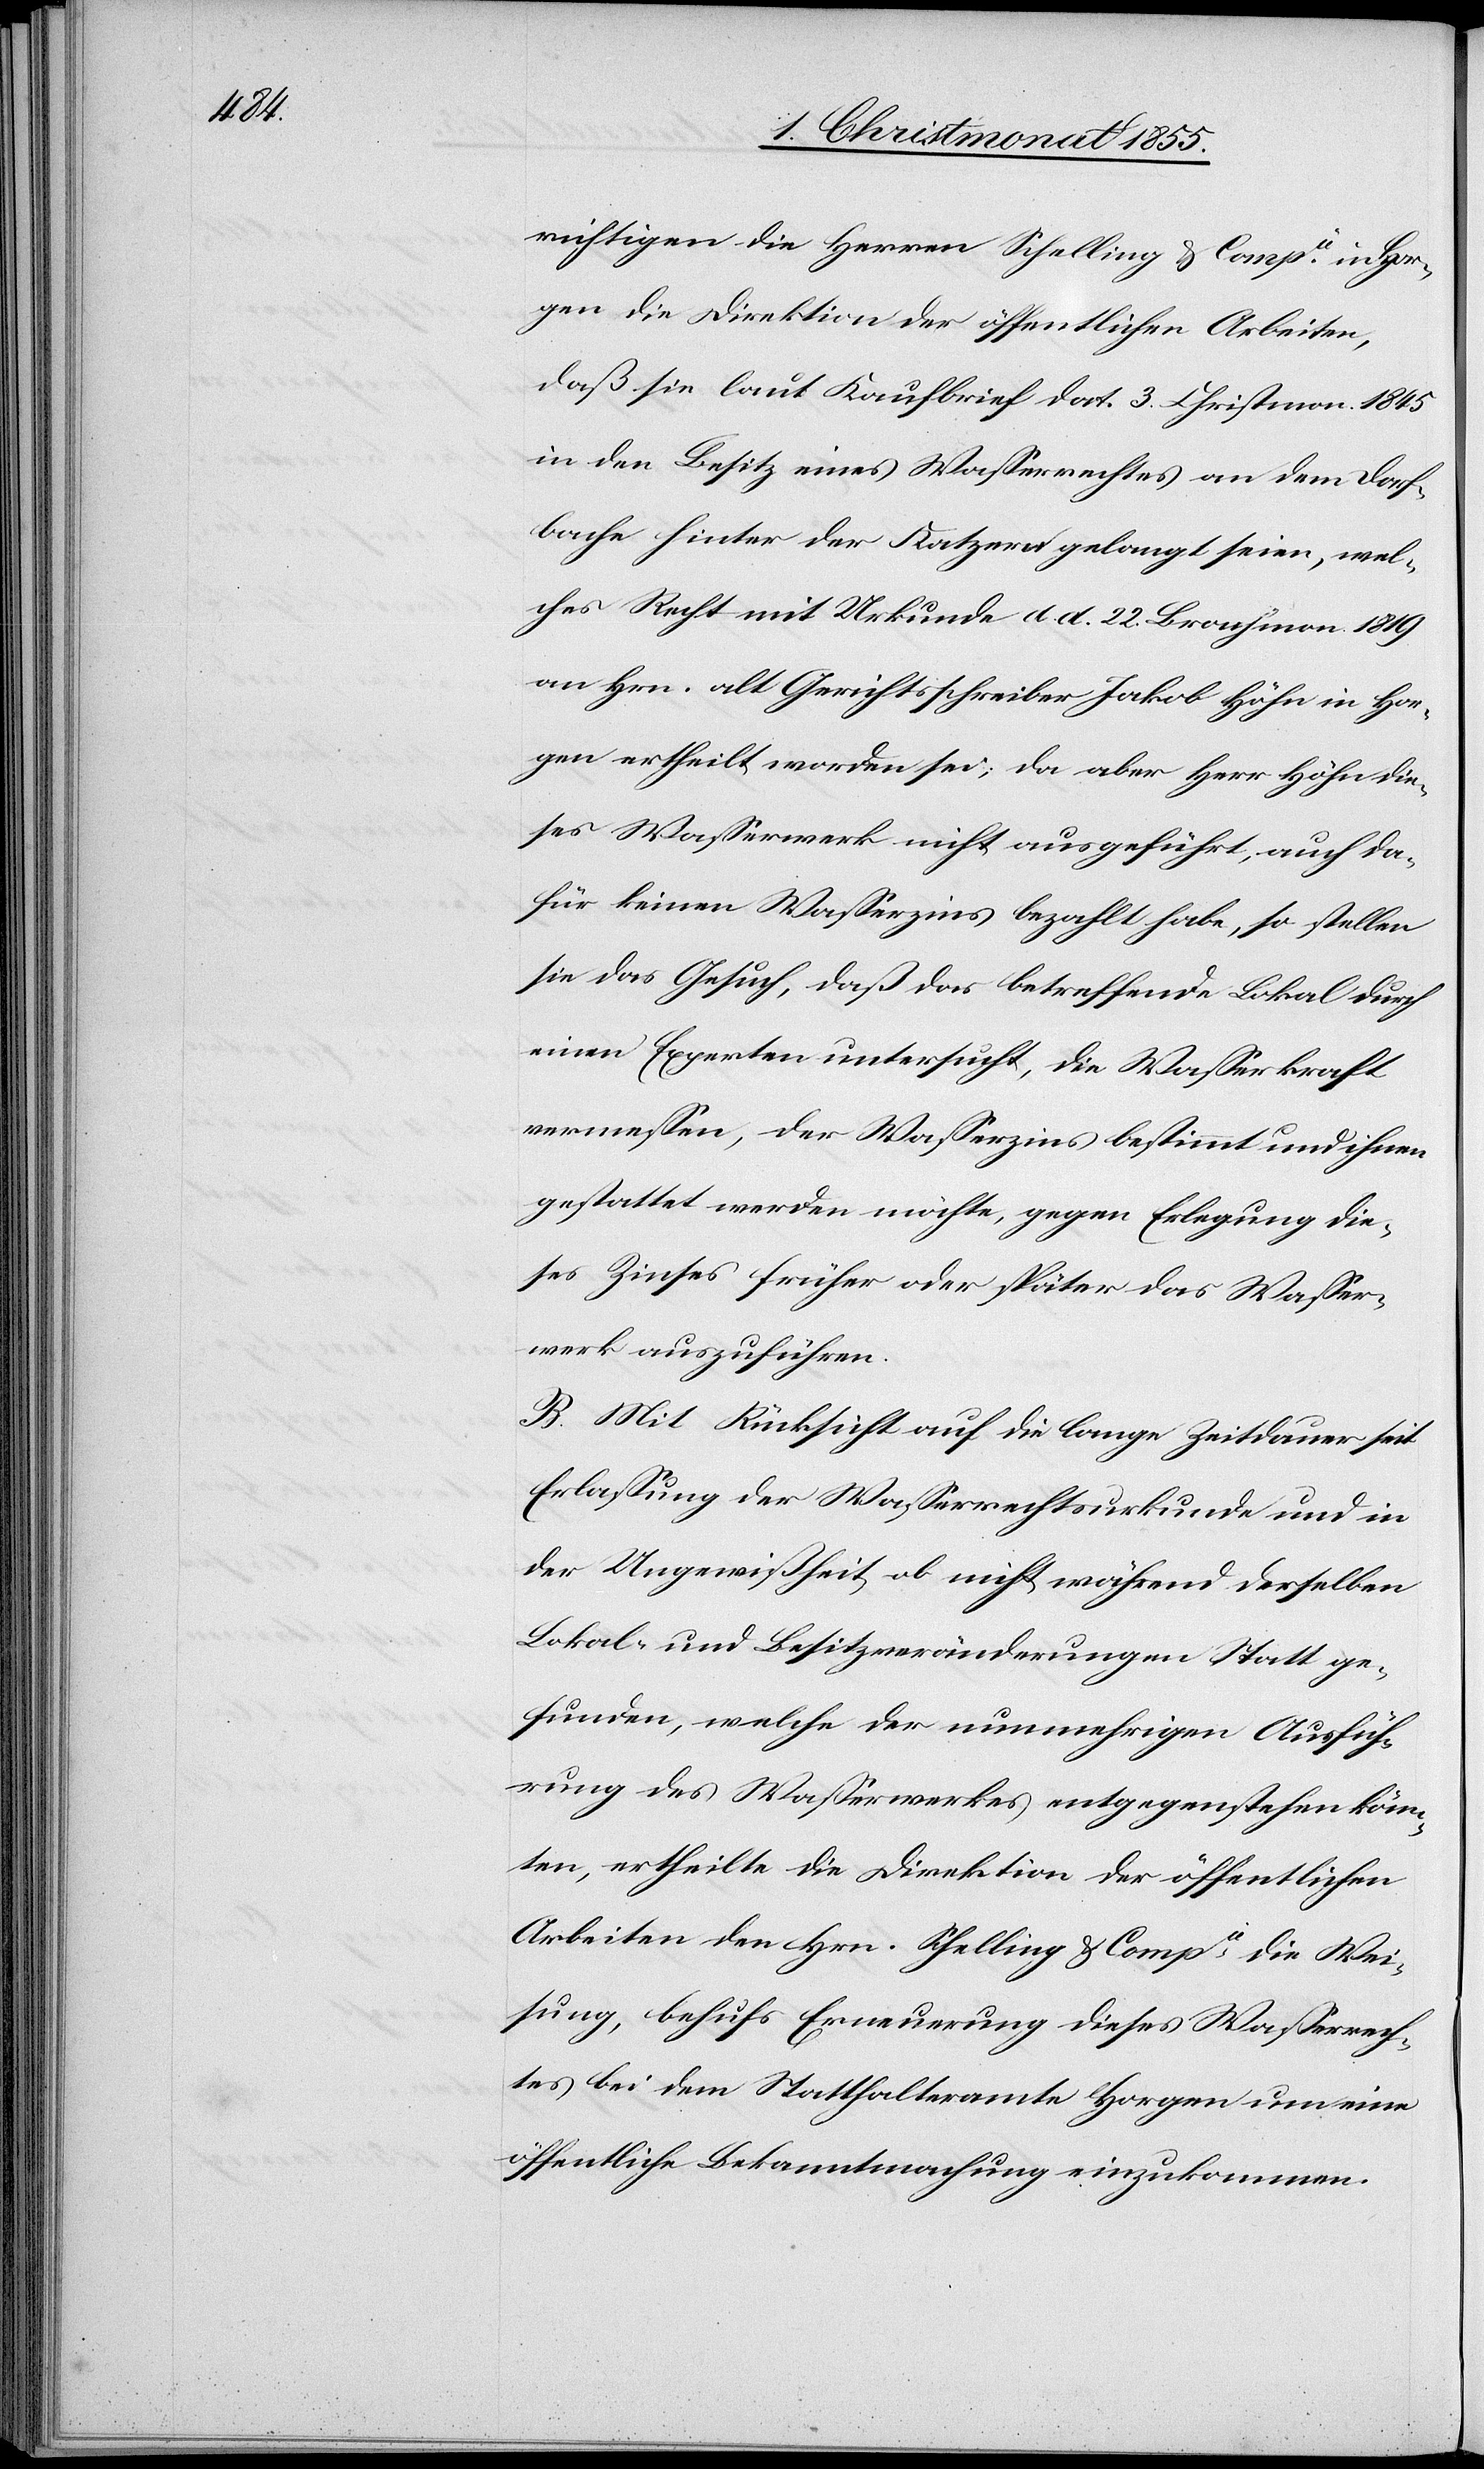
richtigen die Herren Schelling & Compie in Hor¬
gen die Direktion der öffentlichen Arbeiten,
daß sie laut Kaufbrief dat. 3. Christmon. 1845
in den Besitz eines Wasserrechtes an dem Dorf¬
bache hinter der Katzern gelangt seien, wel¬
ches Recht mit Urkunde d. d. 22. Brachmon. 1819
an Hrn. alt Gerichtsschreiber Jakob Höhn in Hor¬
gen ertheilt worden sei; da aber Herr Höhn die¬
ses Wasserwerk nicht ausgeführt, auch da¬
für keinen Wasserzins bezahlt habe, so stellen
sie das Gesuch, daß das betreffende Lokal durch
einen Experten untersucht, die Wasserkraft
vermessen, der Wasserzins bestimmt und ihnen
gestattet werden möchte, gegen Erlegung die¬
ses Zinses früher oder später das Wasser¬
werk auszuführen.
B. Mit Rücksicht auf die lange Zeitdauer seit
Erlassung der Wasserrechtsurkunde und in
der Ungewißheit, ob nicht während derselben
Lokal- und Besitzveränderungen Statt ge¬
funden, welche der nunmehrigen Ausfüh¬
rung des Wasserwerkes entgegenstehen könn¬
ten, ertheilte die Direktion der öffentlichen
Arbeiten den Hrn. Schelling & Compie die Wei¬
sung, behufs Erneuerung dieses Wasserrech¬
tes bei dem Statthalteramte Horgen um eine
öffentliche Bekanntmachung einzukommen.